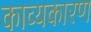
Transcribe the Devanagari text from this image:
काव्यकारण